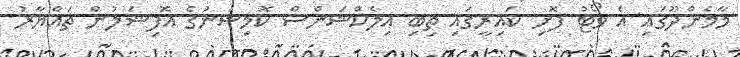
މާމެންދޫގައި އެ ވޯޓު ފޮށި ކައިރީގައި ތިބި އިލެކްޝަންސް ކޮމިޝަނުގެ އޮފިޝަލުން ތައްޔާރު